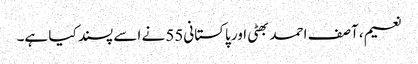
نعیم، آصف احمد بھٹی اور پاکستانی55 نے اسے پسند کیا ہے۔